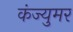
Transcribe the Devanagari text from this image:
कंज्युमर